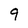
Character: 9